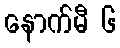
နောက်မီ ၆